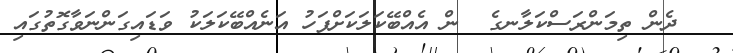
ދެން ތިމަންރަސްކަލާނގެ  ން އެއްބޭކަލަކަށްފަހު އަނެއްބޭކަލަކު ވަޑައިގަންނަވާގޮތުގައި